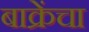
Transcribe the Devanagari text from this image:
बाक्रेंचा